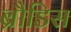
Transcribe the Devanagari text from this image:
ब्रौडिस